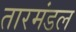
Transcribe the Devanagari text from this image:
तारमंडल